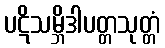
ပဋိသမ္ဘိဒါပတ္တသုတ္တံ